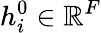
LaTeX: h_{i}^{0}\in{\mathbb{R}}^{F}